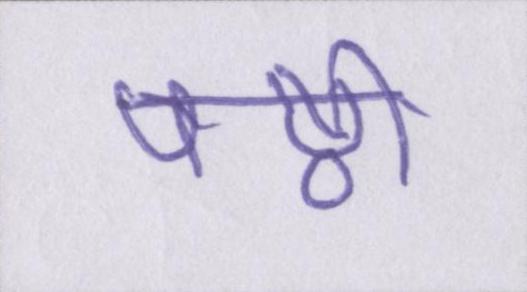
षष्ठी